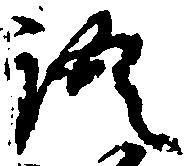
語